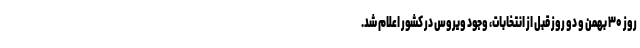
روز ۳۰ بهمن و دو روز قبل از انتخابات، وجود ویروس در کشور اعلام شد.